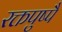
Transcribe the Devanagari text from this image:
रक्तपुष्पै